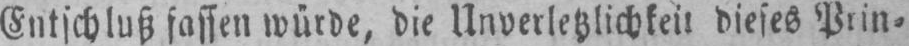
Entschluß fassen würde, die Unverletzlichkeit dieses Prin⸗